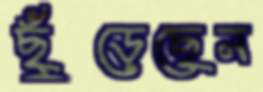
ছুঁড়েছেন